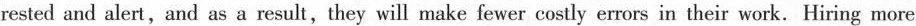
rested and alert,and as a result,they will make fewer costly errors in their work. Hiring more